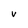
Character: V